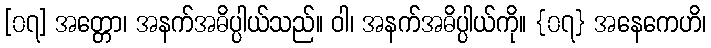
[၀၇] အတ္တော၊ အနက်အဓိပ္ပါယ်သည်။ ဝါ၊ အနက်အဓိပ္ပါယ်ကို။ {၀၇} အနေကေဟိ၊